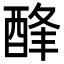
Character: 𨡃